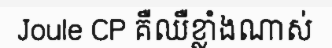
Joule CP គឺឈឺខ្លាំងណាស់